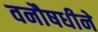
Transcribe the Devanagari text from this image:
वनौषधीने